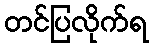
တင်ပြလိုက်ရ